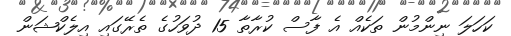
ކަހަލަ ނިންމުން ތަކެއް އެ ފާސް ކުރާތާ 15 ދުވަހުގެ ތެރޭގައި އިލެކްޝަން